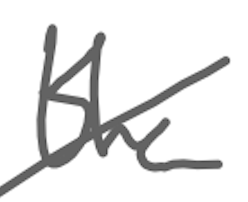
Text: the
Cross-out: diagonal
Writing tool: digital_gray